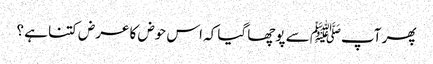
پھر آپﷺ سے پوچھا گیا کہ اس حوض کا عرض کتنا ہے ؟